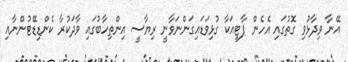
އޭނާ ވިދާޅުވި ގޮތުގައި އެހެން ޕާޓީއަކާ ގުޅިވަޑައިގަންނަވާނީ ރިޔާސީ އިންތިހާބުގައި ވާދަކުރާ ކެންޑިޑޭޓުންނާއި